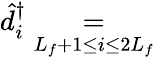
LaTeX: \begin{array}{r}{\hat{d}_{i}^{\dagger}\underset{L_{f}+1\leq i\leq 2L_{f}}{=}}\end{array}